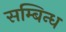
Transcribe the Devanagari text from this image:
सम्बिन्ध